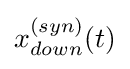
x_{down}^{(syn)}(t)